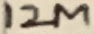
Text: 12M